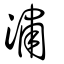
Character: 潚